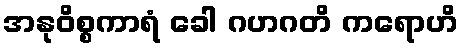
အနုဝိစ္စကာရံ ခေါ ဂဟဂတိ ကရောဟိ